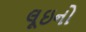
લૂઇનો